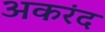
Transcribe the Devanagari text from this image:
अकरंद